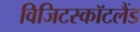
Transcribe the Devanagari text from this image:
विजिटस्कॉटलैंड